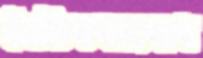
নৈতিকতাবোধ